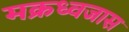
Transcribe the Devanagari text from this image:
मक्रध्वजास